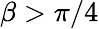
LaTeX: \beta>\pi/4